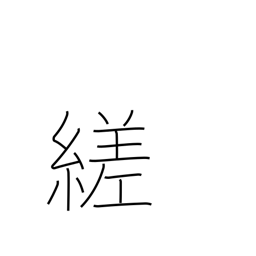
Meaning: twist